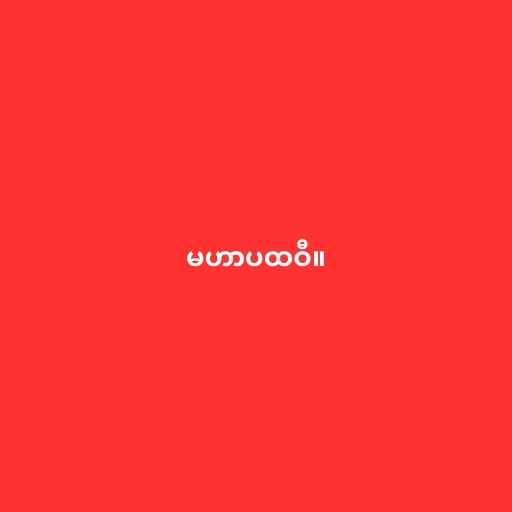
မဟာပထဝီ။